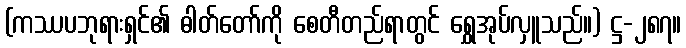
(ကဿပဘုရားရှင်၏ ဓါတ်တော်ကို စေတီတည်ရာတွင် ရွှေအုပ်လှူသည်။) ဋ္ဌ-၂၈၇။